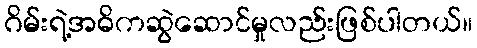
ဂိမ်းရဲ့အဓိကဆွဲဆောင်မှုလည်းဖြစ်ပါတယ်။